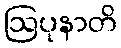
ဩပုနာတိ